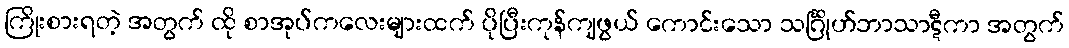
ကြိုးစားရတဲ့ အတွက် ထို စာအုပ်ကလေးများထက် ပိုပြီးကုန်ကျဖွယ် ကောင်းသော သင်္ဂြိုဟ်ဘာသာဋီကာ အတွက်